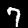
Digit: 7